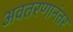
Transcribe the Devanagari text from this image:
अवतरणानंतर